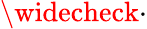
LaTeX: \widecheck{\cdot}